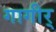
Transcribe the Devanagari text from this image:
गागीर्